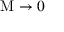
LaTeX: \mathrm { M } \rightarrow 0